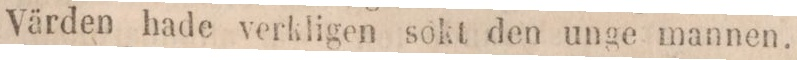
Värden hade verkligen sokt den unge mannen.